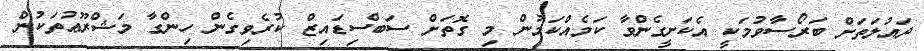
ދައުލަތަށް ބަރޯސާވުމަކީ އެކަށީގެންވާ ކަމެއްކަމުން މި ގޮތަށް ސަބްސިޑައިޒް ކުރެވިގެން ހިންގާ މަޝްރޫޢުތަކުން